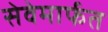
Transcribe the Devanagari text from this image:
सेवेमार्फत